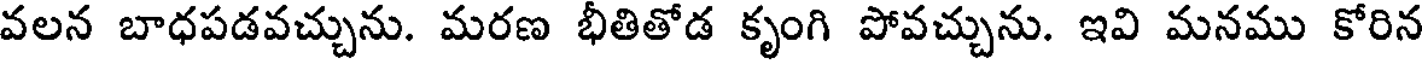
వలన బాధపడవచ్చును. మరణ భీతితోడ కృంగి పోవచ్చును. ఇవి మనము కోరిన